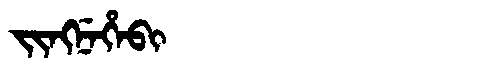
Manchu: ᠵᡳᠩᠨᡝᡥᡝᠪᡳ
Romanization: JINGNEHEBI